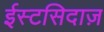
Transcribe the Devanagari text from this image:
ईस्टसिदाज़